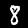
Digit: 8